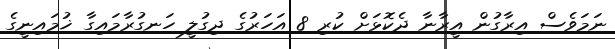
ނަމަވެސް އިރާގުން އީރާނާ ދެކޮޅަށް ކުރި 8 އަހަރުގެ ދިގުލީ ހަނގުރާމައިގާ ޚުމައިނީގެ